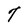
Character: 7